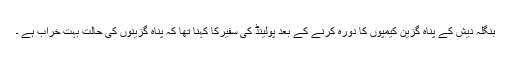
بنگلہ دیش کے پناہ گزین کیمپوں کا دورہ کرنے کے بعد پولینڈ کی سفیرکا کہنا تھا کہ پناہ گزینوں کی حالت بہت خراب ہے ۔